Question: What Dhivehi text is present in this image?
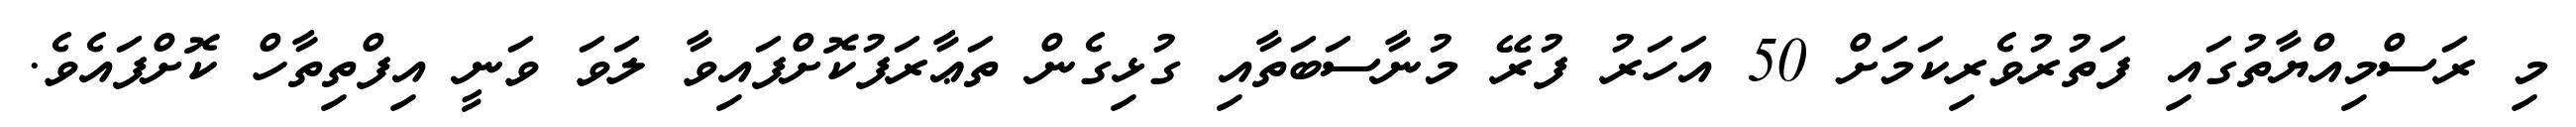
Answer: މި ރަސްމިއްޔާތުގައި ފަތުރުވެރިކަމަށް 50 އަހަރު ފުރޭ މުނާސަބަތާއި ގުޅިގެން ތަޢާރަފުކޮށްފައިވާ ލަވަ ވަނީ އިފްތިތާހް ކޮށްފައެވެ.